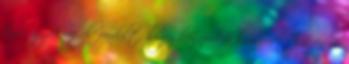
ilyen gyakran előfordult, hogy hónapokra kimaradt. És én is